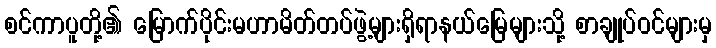
စင်ကာပူတို့၏ မြောက်ပိုင်းမဟာမိတ်တပ်ဖွဲ့များရှိရာနယ်မြေများသို့ စာချုပ်ဝင်များမှ